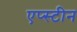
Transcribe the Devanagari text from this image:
एप्स्टीन